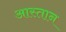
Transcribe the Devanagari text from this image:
आस्तान